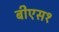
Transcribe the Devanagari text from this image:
बीएस१